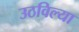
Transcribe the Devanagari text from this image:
उठविल्या